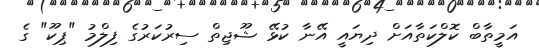
އަމީތާބް ކޮލްކަތާއަށް ދިޔައީ އޭނާ ކުޅޭ ޝޫޖިތް ސިރުކަރުގެ ފިލްމު "ޕިކޫ" ގެ